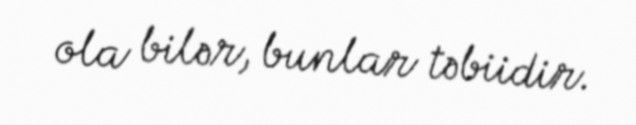
ola bilər, bunlar təbiidir.